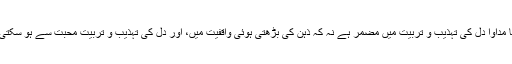
میرے نزدیک انسانیت کے درد کا مداوا دل کی تہذیب و تربیت میں مضمر ہے نہ کہ ذہن کی بڑھتی ہوئی واقفیت میں، اور دل کی تہذیب و تربیت محبت سے ہو سکتی ہے، تشدد اور نفرت سے نہیں ‘‘۔